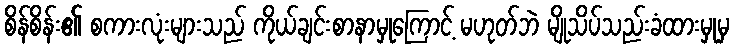
စိန်စိန်း၏ စကားလုံးများသည် ကိုယ်ချင်းစာနာမှုကြောင့် မဟုတ်ဘဲ မျိုသိပ်သည်းခံထားမှုမှ